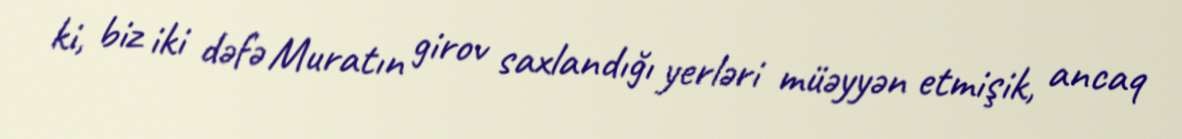
ki, biz iki dəfə Muratın girov saxlandığı yerləri müəyyən etmişik, ancaq